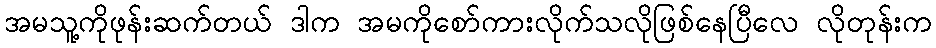
အမသူ့ကိုဖုန်းဆက်တယ် ဒါက အမကိုစော်ကားလိုက်သလိုဖြစ်နေပြီလေ လိုတုန်းက